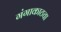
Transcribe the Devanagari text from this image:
गंगाकाठचा